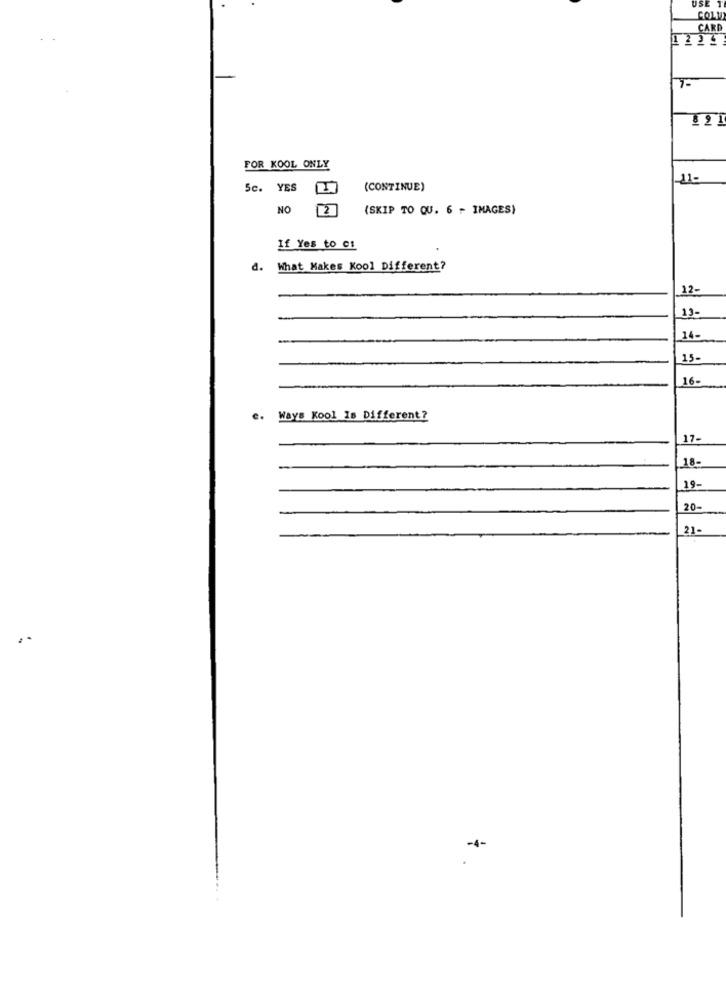
USE
COLU
CARI
122!
FOR KOOL ONLY
110
Sc. YES
(CONTINUE)
NO
(SKIP TO QU. 6 - IMAGES)
If Yes to es
What Makes Kool Different?
12-
14-
15-
16-
e.
Ways Kool Is Different?
17-
18-
19-
20-
21-
--